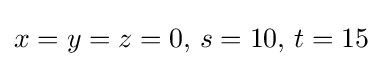
x=y=z=0,\,s=10,\,t=15